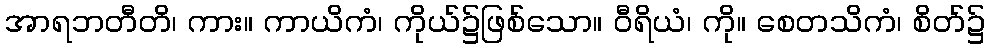
အာရဘတီတိ၊ ကား။ ကာယိကံ၊ ကိုယ်၌ဖြစ်သော။ ဝီရိယံ၊ ကို။ စေတသိကံ၊ စိတ်၌